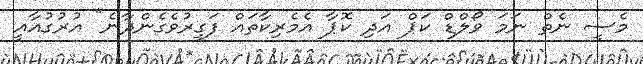
މެސީ ނެތް ނަމަ ވޯލްޑް ކަޕް އަދި ކޮޕާ އެމެރިކާތައް ފަގީރުވެގެންދާނެ" އުރުގުއާއީ